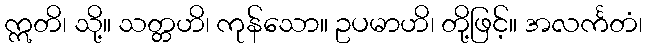
ဣတိ၊ သို့။ သတ္တဟိ၊ ကုန်သော။ ဥပမာဟိ၊ တို့ဖြင့်။ အလင်္ကတံ၊